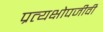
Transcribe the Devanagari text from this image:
प्रत्यक्षोपजीवी